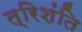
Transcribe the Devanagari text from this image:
त्रिशंति